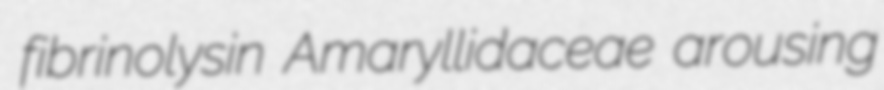
fibrinolysin Amaryllidaceae arousing